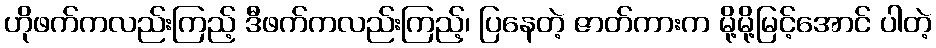
ဟိုဖက်ကလည်းကြည့် ဒီဖက်ကလည်းကြည့်၊ ပြနေတဲ့ ဇာတ်ကားက မို့မို့မြင့်အောင် ပါတဲ့